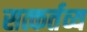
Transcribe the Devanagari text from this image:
सत्कर्तव्य